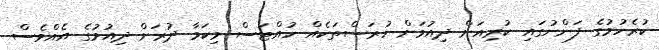
ކުރެހުމުގެ ފަންނުގައި ކުރިއަށް ދިއުމަށް ހުރަސްތަކެއް ހުއްޓަސް މިކަމާ ދުރަށް ދިއުމުގެ އެއްވެސް